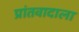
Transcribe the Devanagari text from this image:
प्रांतवादाला